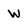
Character: w